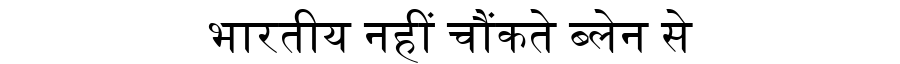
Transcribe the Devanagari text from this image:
भारतीय नहीं चौंकते ब्लेन से